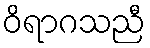
ဝိရာဂသညီ